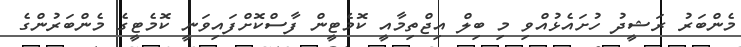
މެންބަރު ރަޝީދު ހުށައެޅުއްވި މި ބިލް އިޖްތިމާއީ ކޮމެޓީން ފާސްކޮށްފައިވަނީ ކޮމެޓީގެ މެންބަރުންގެ